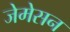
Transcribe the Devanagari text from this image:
जेमेसन